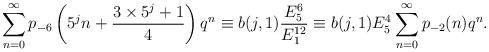
LaTeX: \begin{align*}\sum_{n=0}^{\infty}p_{-6}\left(5^{j}n+\dfrac{3\times5^{j}+1}{4}\right)q^{n} &\equiv b(j,1)\dfrac{E_{5}^{6}}{E_{1}^{12}}\equiv b(j,1)E_{5}^{4}\sum_{n=0}^{\infty}p_{-2}(n)q^{n}.\end{align*}